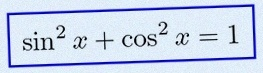
\sin^2x+\cos^2x=1